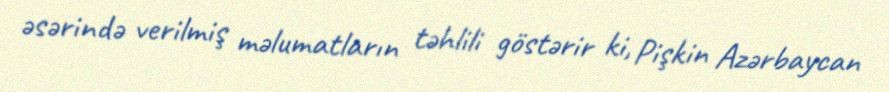
əsərində verilmiş məlumatların təhlili göstərir ki, Pişkin Azərbaycan